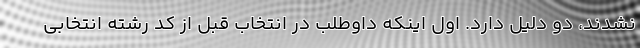
نشدند، دو دلیل دارد. اول اینکه داوطلب در انتخاب قبل از کد رشته انتخابی